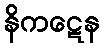
နိကဋေန